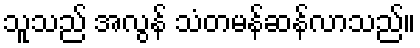
သူသည် အလွန် သံတမန်ဆန်လာသည်။